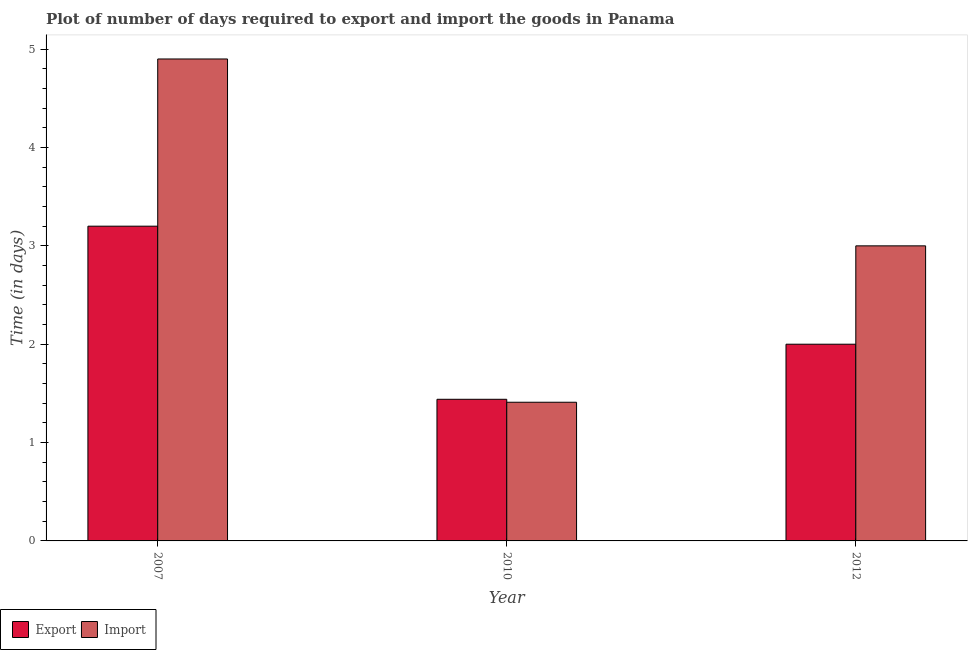
| Year | Export | Import |
 | --- | --- | --- |
 | 2007 | 3.2 | 4.9 |
 | 2010 | 1.44 | 1.41 |
 | 2012 | 2 | 3 |